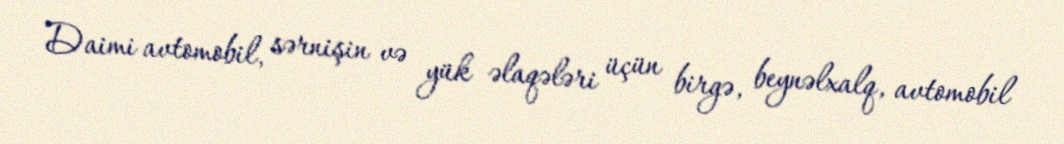
Daimi avtomobil, sərnişin və yük əlaqələri üçün birgə, beynəlxalq, avtomobil